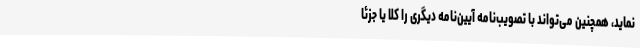
نماید، همچنین می‌تواند با تصویب‌نامه‌ آیین‌نامه دیگری را کلا یا جزئا